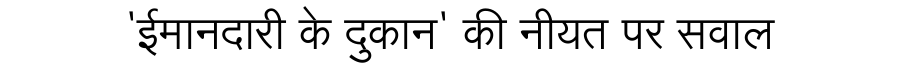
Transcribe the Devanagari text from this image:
'ईमानदारी के दुकान' की नीयत पर सवाल